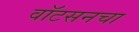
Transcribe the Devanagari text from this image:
वॉटसनचा